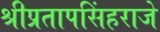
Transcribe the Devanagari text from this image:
श्रीप्रतापसिंहराजे